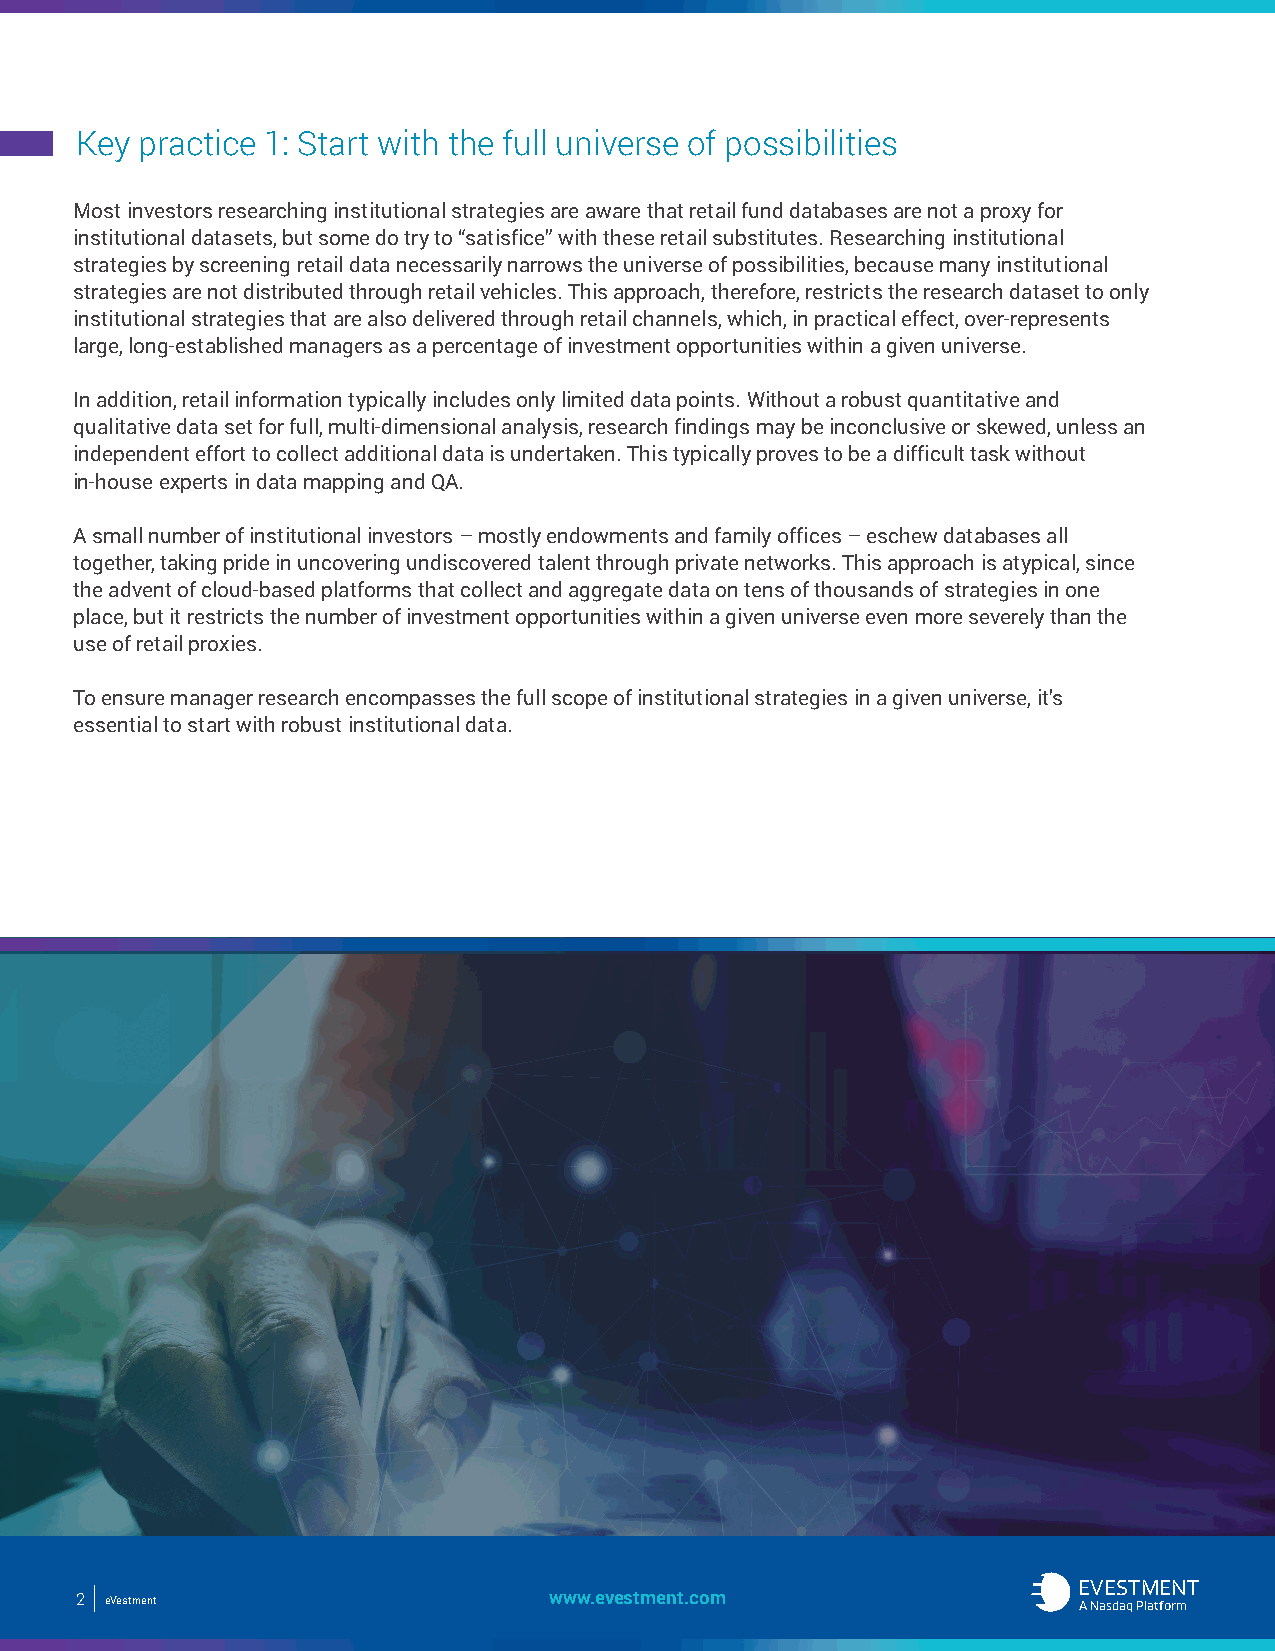
Key practice 1: Start with the full universe of possibilities
 Most investors researching institutional strategies are aware that retail fund databases are not a proxy for
 institutional datasets, but some do try to “satisfice” with these retail substitutes. Researching institutional
 strategies by screening retail data necessarily narrows the universe of possibilities, because many institutional
 strategies are not distributed through retail vehicles. This approach, therefore, restricts the research dataset to only
 institutional strategies that are also delivered through retail channels, which, in practical effect, over-represents
 large, long-established managers as a percentage of investment opportunities within a given universe.
 In addition, retail information typically includes only limited data points. Without a robust quantitative and
 qualitative data set for full, multi-dimensional analysis, research findings may be inconclusive or skewed, unless an
 independent effort to collect additional data is undertaken. This typically proves to be a difficult task without
 in-house experts in data mapping and QA.
 A small number of institutional investors – mostly endowments and family offices – eschew databases all
 together, taking pride in uncovering undiscovered talent through private networks. This approach is atypical, since
 the advent of cloud-based platforms that collect and aggregate data on tens of thousands of strategies in one
 place, but it restricts the number of investment opportunities within a given universe even more severely than the
 use of retail proxies.
 To ensure manager research encompasses the full scope of institutional strategies in a given universe, it’s
 essential to start with robust institutional data.
 EEVVEESSTTMMEENNTT
 42 eeVVeessttmmeenntt Investor Essentials wwwwww..eevveessttmmeenntt..ccoomm AA NNaassddaaqq CPolamtfpoarnmy